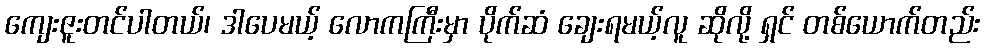
ကျေးဇူးတင်ပါတယ်၊ ဒါပေမယ့် လောကကြီးမှာ ပိုက်ဆံ ချေးရမယ့်လူ ဆိုလို့ ရှင် တစ်ယောက်တည်း